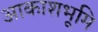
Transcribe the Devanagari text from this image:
आकाशभूमि